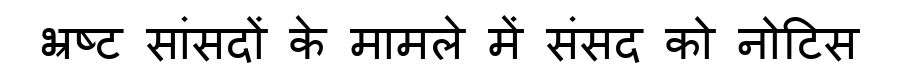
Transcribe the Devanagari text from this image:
भ्रष्ट सांसदों के मामले में संसद को नोटिस